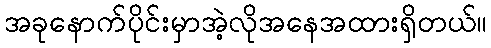
အခုနောက်ပိုင်းမှာအဲ့လိုအနေအထားရှိတယ်။